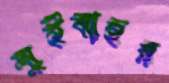
মুইবাহর